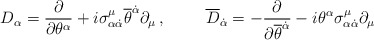
\begin{align*}D_{\alpha}=\frac{\partial}{\partial\theta^{\alpha}}+i\sigma^{\mu}_{\alpha{\dot\alpha}}{\overline\theta}^{\dot\alpha}\partial_{\mu}\, , \hspace{1cm} {\overline D}_{\dot\alpha}= -\frac{\partial}{\partial{\overline\theta}^{\dot\alpha}}-i\theta^{\alpha}\sigma^{\mu}_{\alpha{\dot\alpha}}\partial_{\mu}\end{align*}